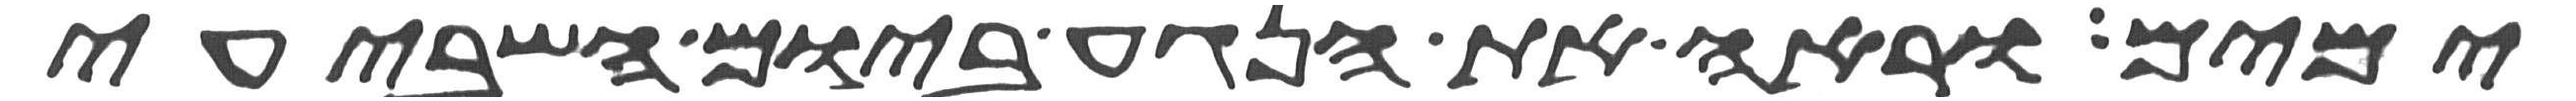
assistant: ימים וראה את הנגע ביום השביעי